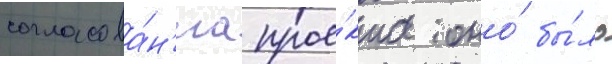
согласова́н'иа прое́кта оно́ бы́ло